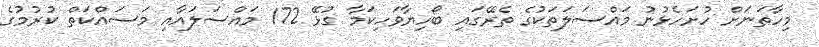
މިހާތަނަށް ހުށަހެޅުނު މައްސަލަތަކުގެ ތެރޭގައި ބޯހިޔާވަހިކަމާ ގުޅޭ 172 މައްސަލައާއި މަސައްކަތް ކުރުމުގެ